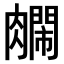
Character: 𫆺